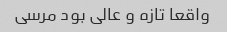
واقعا تازه و عالی بود مرسی